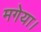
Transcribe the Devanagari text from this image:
मगेया।